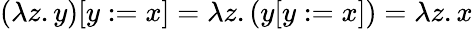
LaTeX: (\lambda z.y)[y:=x]=\lambda z.(y[y:=x])=\lambda z.x